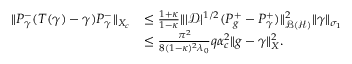
\begin{array} { r l } { \| P _ { \gamma } ^ { - } ( T ( \gamma ) - \gamma ) P _ { \gamma } ^ { - } \| _ { X _ { c } } } & { \leq \frac { 1 + \kappa } { 1 - \kappa } \| | \mathcal D | ^ { 1 / 2 } ( P _ { g } ^ { + } - P _ { \gamma } ^ { + } ) \| _ { \mathcal { B } ( \mathcal { H } ) } ^ { 2 } \| \gamma \| _ { \sigma _ { 1 } } } \\ & { \leq \frac { \pi ^ { 2 } } { 8 ( 1 - \kappa ) ^ { 2 } \lambda _ { 0 } } q \alpha _ { c } ^ { 2 } \| g - \gamma \| _ { X } ^ { 2 } . } \end{array}